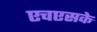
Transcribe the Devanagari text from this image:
एचएसके